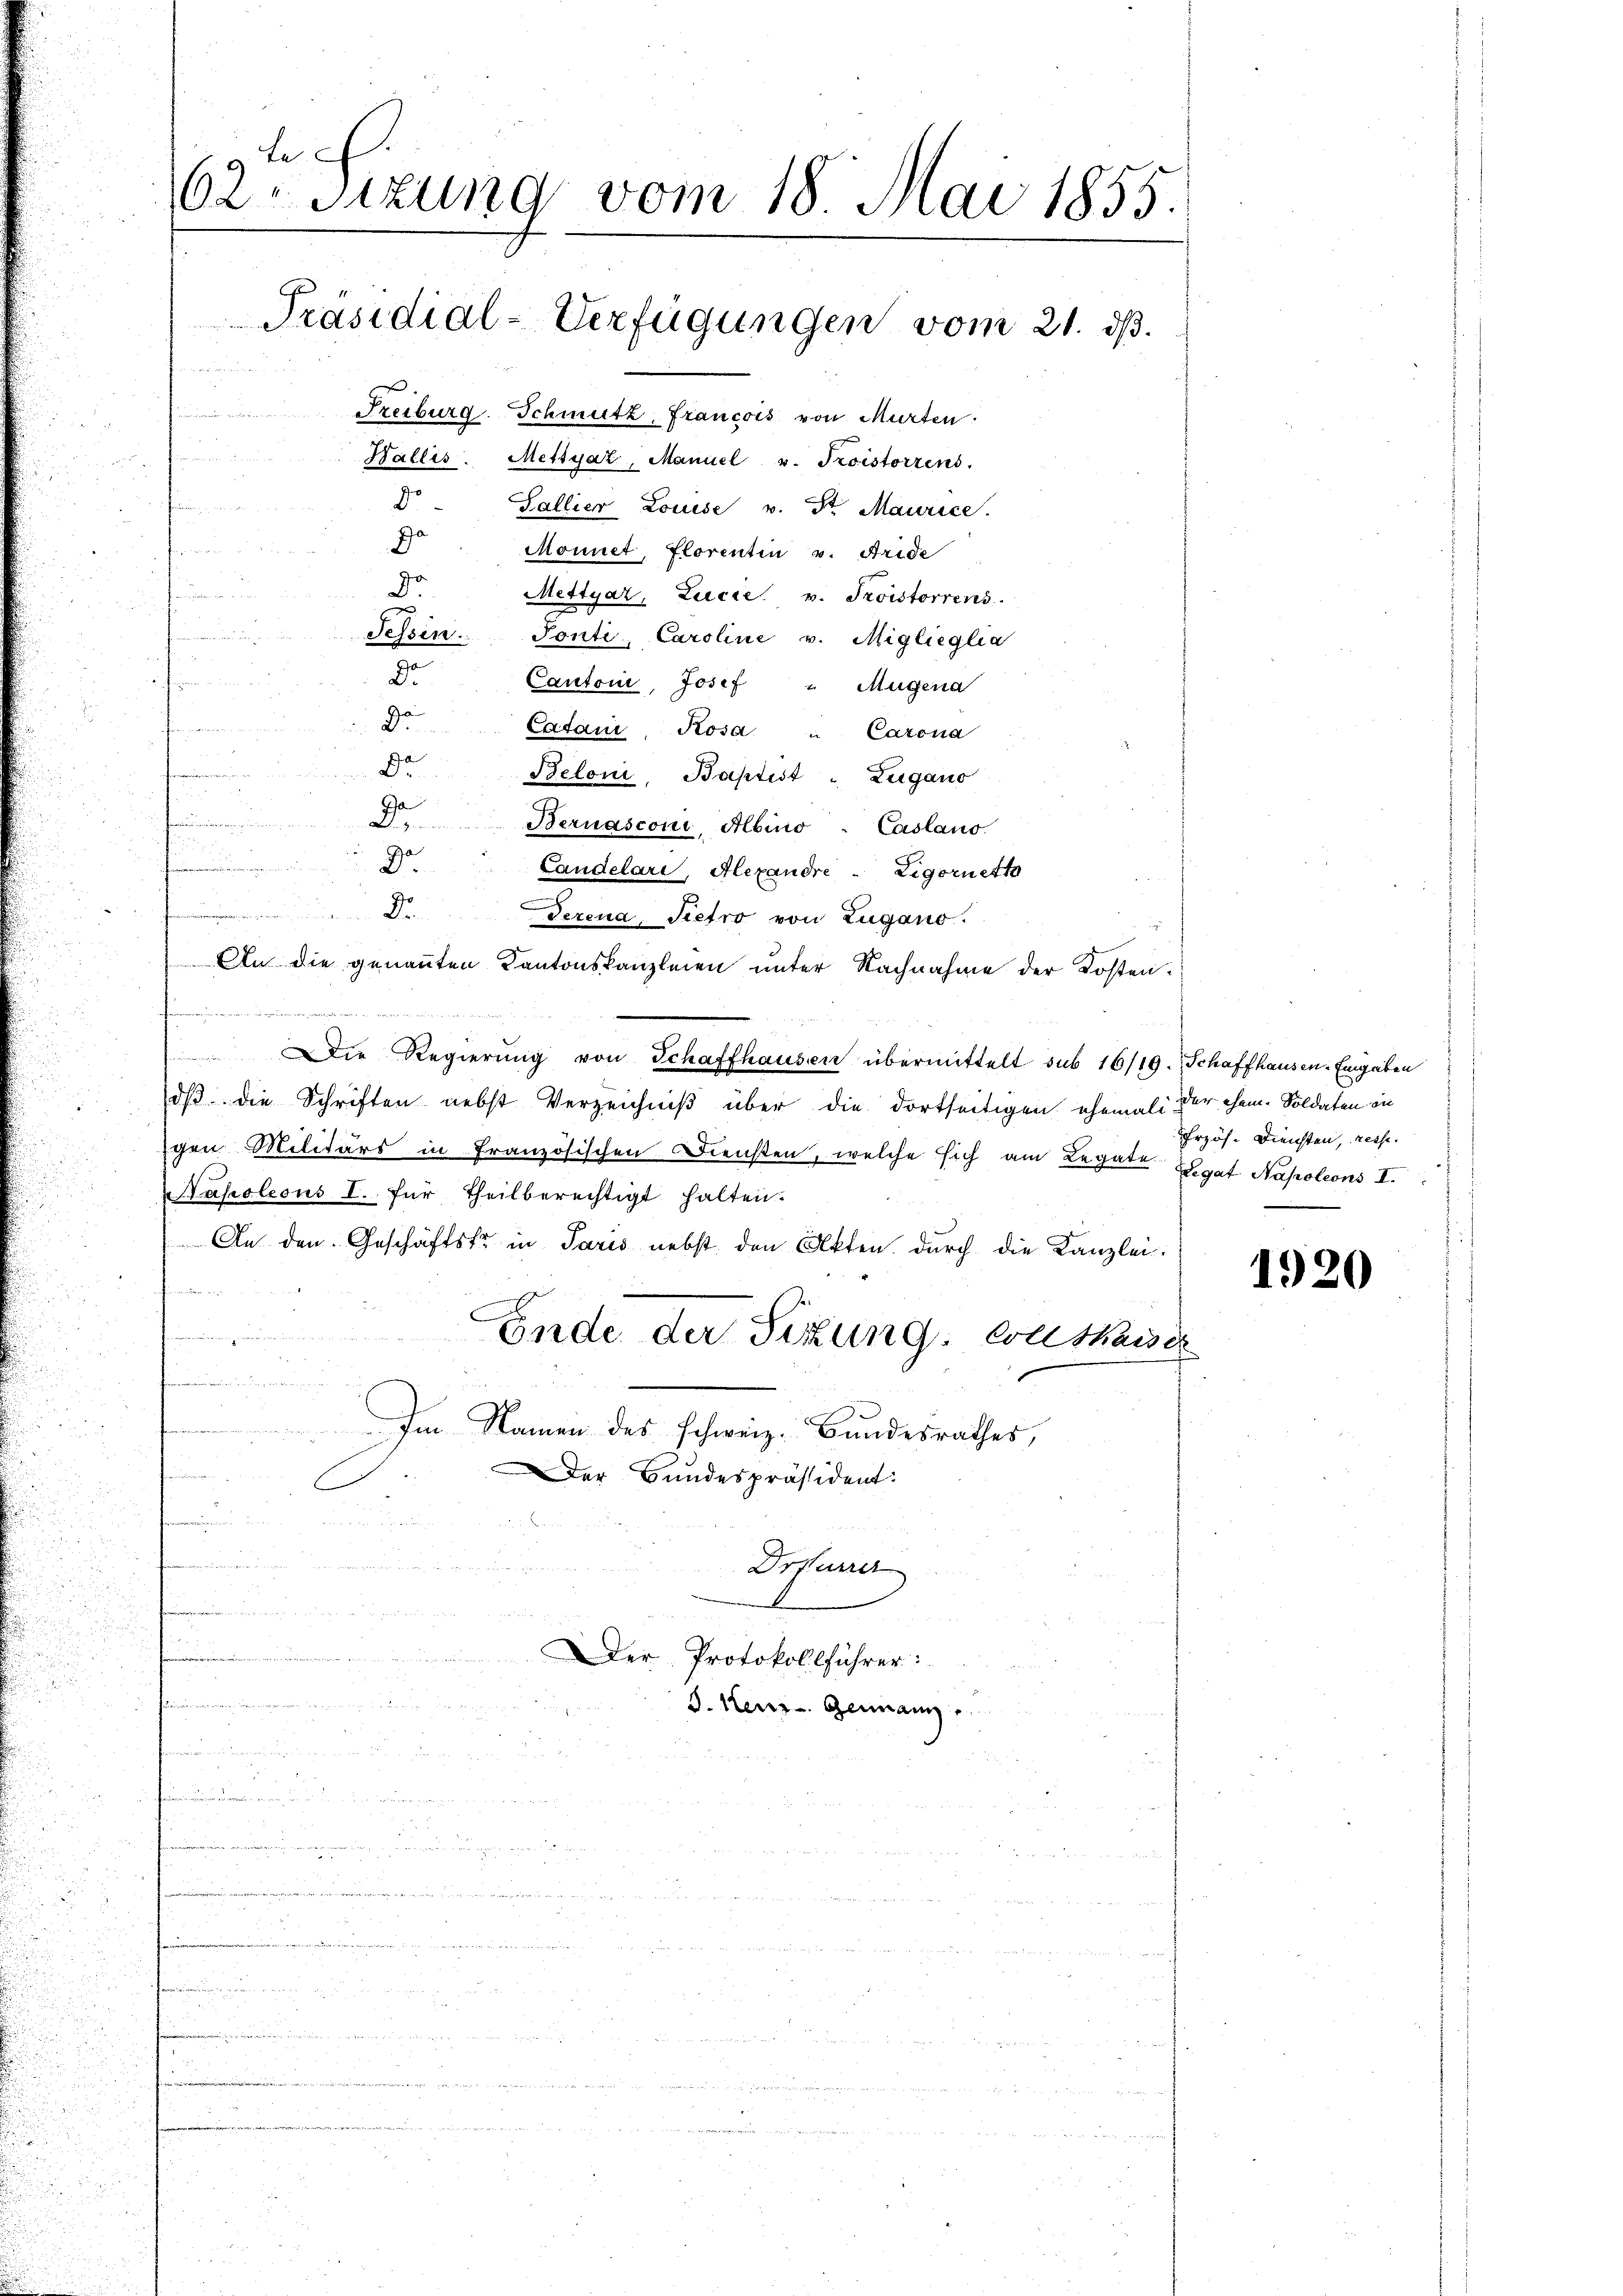
62ten Sizung vom 18. Mai 1855.
[Präsidial-Verfügungen vom 21. ds.
u
Freiburg. Schmutz, Francois von Murten.
 Fensten a
Wallis. Mettyaz, Manuel u. Troistorzens.
do
Gallier Louise u. St. Maurice.
da
Monnet, Florentin v. Fride

Do
Mettyar, Lucia v. Fristorrens.
Tessin. Tonti, Caroline v. Miglieglia
I
20
Cantoni, Josef " Mugena
s
Da
Catani, Rosa " Carona
de
Beloni, Baptist " Zugano
Ja
n
2.Bernasconi, Albino-Caslano
Dr

Candelari, Alexandre Ligoriett
 ge
Dr.
Terena, Pietro von Zugano.
An die genannten Kantonskanzleien unter Nachnahme der Kosten.
Die Regierŭng von Schaffhausen übermittelt sub 16/19. Schaffhausen. Eingaben
dβ die Schriften nebst Verzeichniß über die dortseitigen ehemals der ehem. Soldaten in
gen Militärs in Französischen Diensten, welche sich am Legate Legat Napoleons I.
Papoleons I. für theilberechtigt halten.
An den Geschäftsfr. in Paris nebst den Akten, durch die Kanzlei.
nesen
.
Ende der Sitzung, Coll thaise
2
 u, ich den un
 Im Namen des schweiz. Bundesrathes,
Der Bundespräsident.
x

Drfurrer
 und     der in die gern ande ander
u
Der Protokollführer:

S. Keiz. Germann,

Erzös. Diensten, resse.

1920